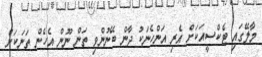
މާލޭގައި ޓެކްސީއަކަށް އެރި އަންހެނަކު ދާން ބޭނުންވި ތަން ނޫން އެހެން ތަނަކަށް